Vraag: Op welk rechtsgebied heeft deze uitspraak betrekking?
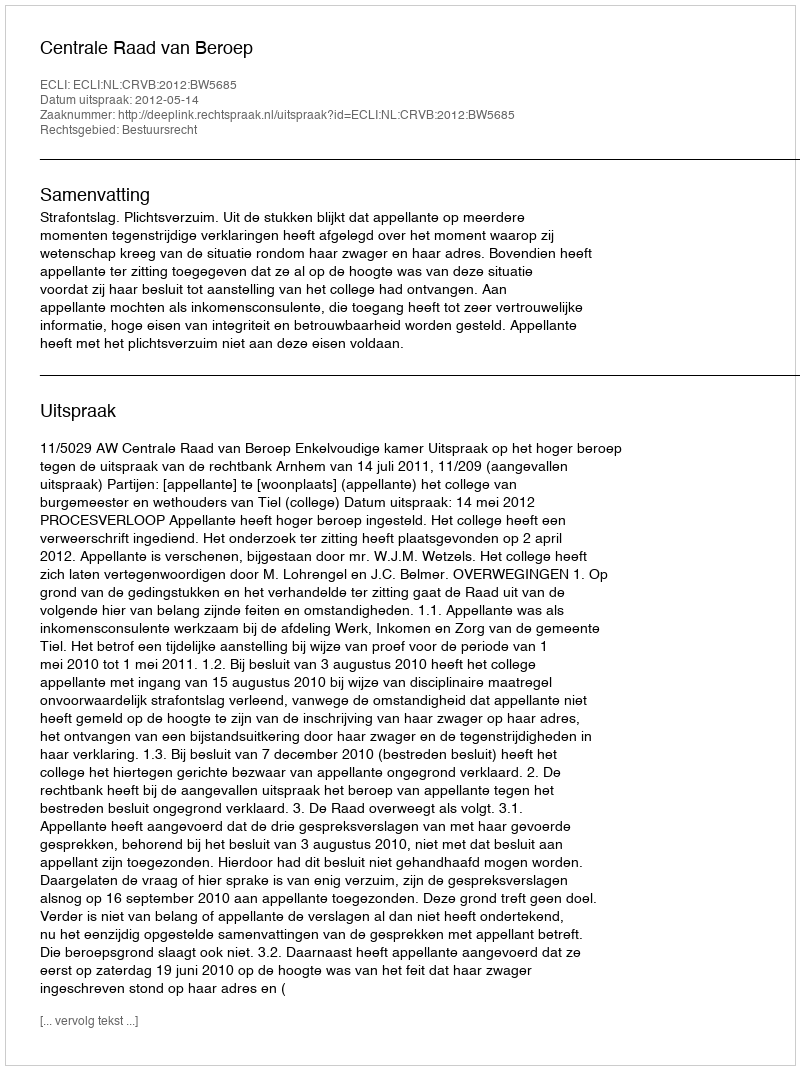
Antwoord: Bestuursrecht